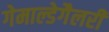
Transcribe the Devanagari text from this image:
गेमाल्डेगैलरी